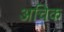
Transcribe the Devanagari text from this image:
अचिक